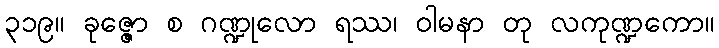
၃၁၉။ ခုဇ္ဇော စ ဂဏ္ဍုလော ရဿ၊ ဝါမနာ တု လကုဏ္ဍကော။